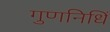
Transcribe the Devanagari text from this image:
गुणनिधिं